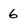
Character: 6